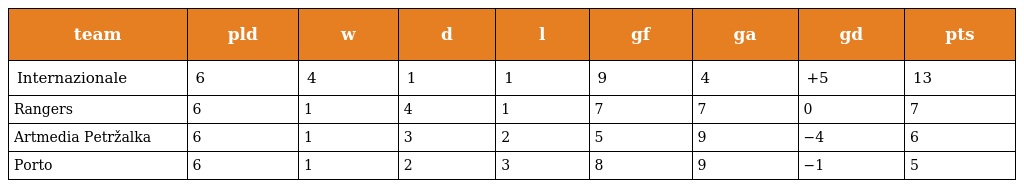
| team | pld | w | d | l | gf | ga | gd | pts |
 | --- | --- | --- | --- | --- | --- | --- | --- | --- |
 | Internazionale | 6 | 4 | 1 | 1 | 9 | 4 | +5 | 13 |
 | Rangers | 6 | 1 | 4 | 1 | 7 | 7 | 0 | 7 |
 | Artmedia Petržalka | 6 | 1 | 3 | 2 | 5 | 9 | −4 | 6 |
 | Porto | 6 | 1 | 2 | 3 | 8 | 9 | −1 | 5 |